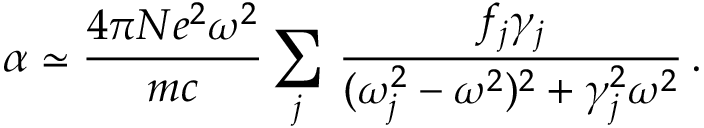
\alpha \simeq \frac { 4 \pi N e ^ { 2 } \omega ^ { 2 } } { m c } \sum _ { j } \, \frac { f _ { j } \gamma _ { j } } { ( \omega _ { j } ^ { 2 } - \omega ^ { 2 } ) ^ { 2 } + \gamma _ { j } ^ { 2 } \omega ^ { 2 } } \, .